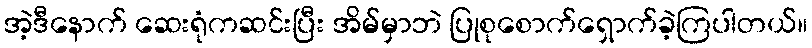
အဲ့ဒီနောက် ဆေးရုံကဆင်းပြီး အိမ်မှာဘဲ ပြုစုစောက်ရှောက်ခဲ့ကြပါတယ်။